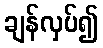
ချန်လှပ်၍